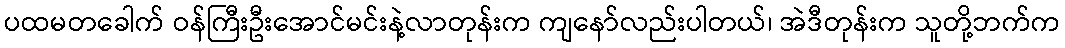
ပထမတခေါက် ဝန်ကြီးဦးအောင်မင်းနဲ့လာတုန်းက ကျနော်လည်းပါတယ်၊ အဲဒီတုန်းက သူတို့ဘက်က